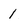
Character: 1